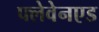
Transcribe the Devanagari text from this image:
फ्लेवेनएड